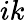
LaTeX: ik